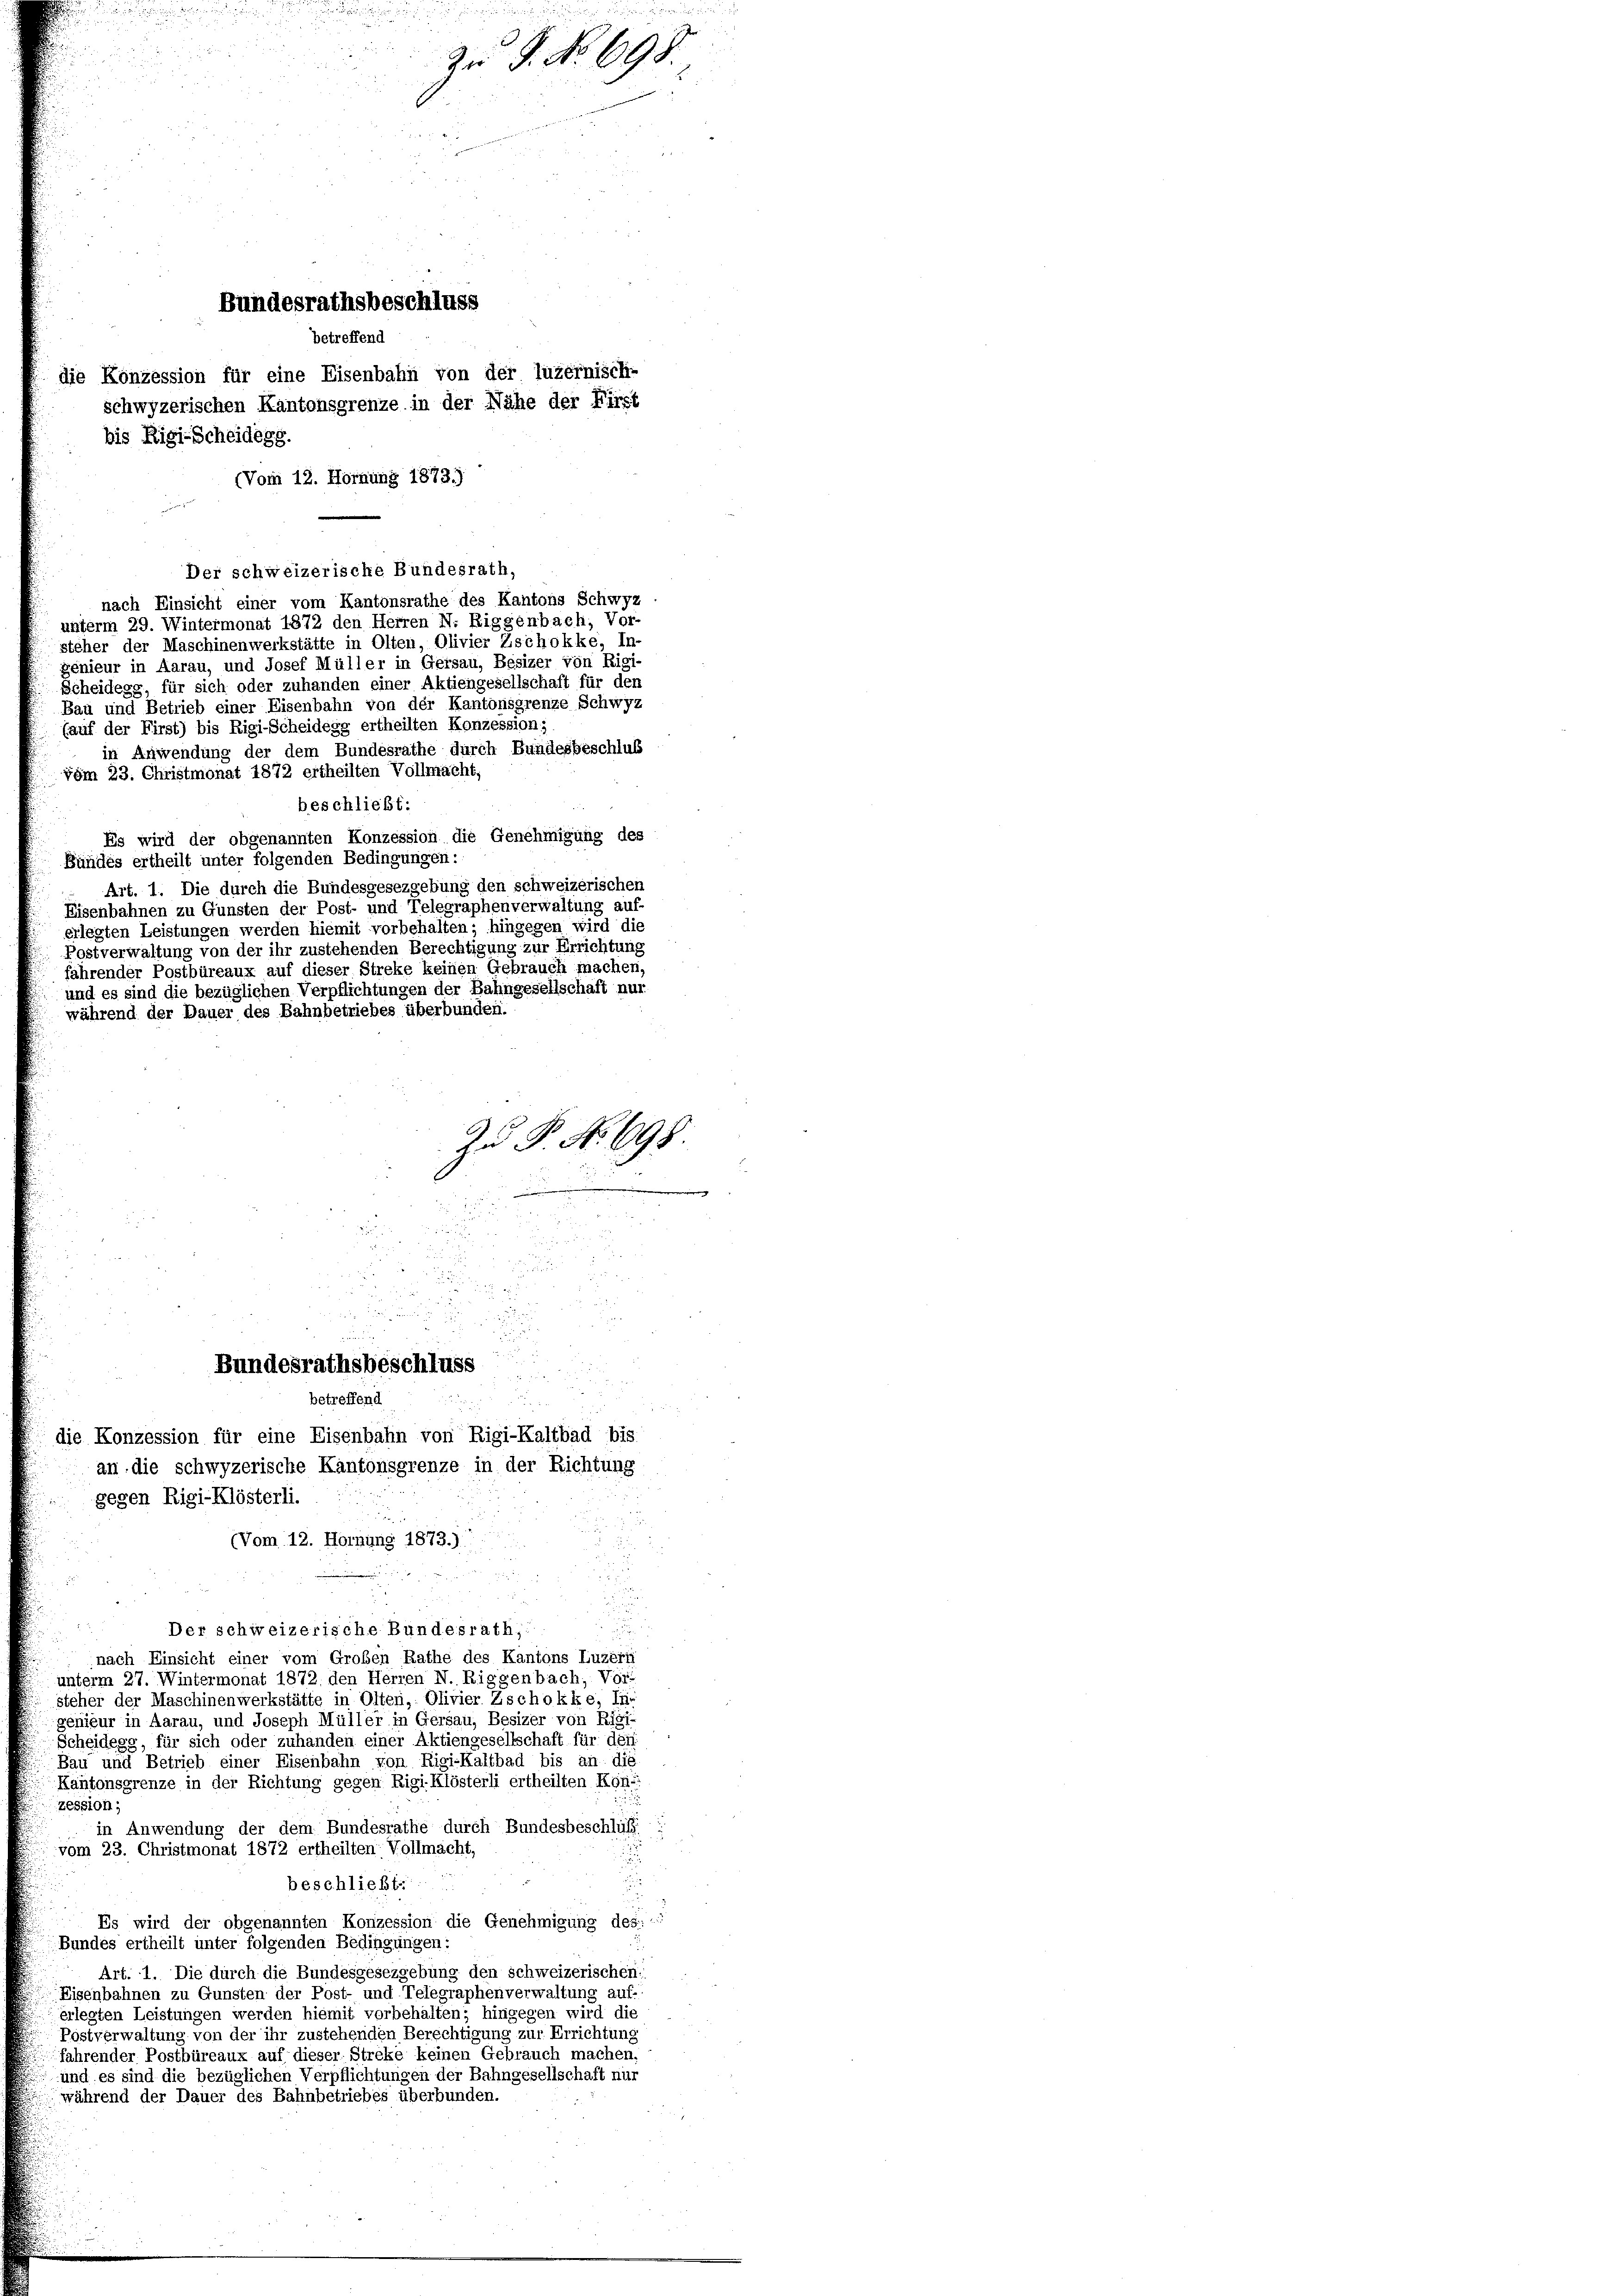
(Vom 12. Hornung 1873.)

uten den und ein
Gruss sie aber den

 xx
 8

Bundesrathsbeschluss
betreffend
e Konzession für eine Eisenbahn von der luzernisch-
schwyzerischen Kantonsgrenze in der Nähe der First
bis Rigi-Scheidegg.

Der schweizerische Bundesrath,
nach Einsicht einer vom Kantonsrathe des Kantons Schwyz
unterm 29. Wintermonat 1872 den Herren N. Riggenbach, Vor-
steher der Maschinenwerkstätte in Olten, Olivier Zschokke, In-
genieur in Aarau, und Josef Müller in Gersau, Besizer von Rigi-
Scheidegg, für sich oder zuhanden einer Aktiengesellschaft für den
Bau und Betrieb einer Eisenbahn von der Kantonsgrenze Schwyz
(auf der First) bis Rigi-Scheidegg ertheilten Konzession;
in Anwendung der dem Bundesrathe durch Bundesbeschluss
vom 23. Christmonat 1872 ertheilten Vollmacht,
beschließt:
Es wird der obgenannten Konzession die Genehmigung des
Bundes ertheilt unter folgenden Bedingungen:
Art. 1. Die durch die Bundesgesezgebung den schweizerischen
Eisenbahnen zu Gunsten der Post- und Telegraphenverwaltung auf-
erlegten Leistungen werden hiemit vorbehalten; hingegen wird die
Postverwaltung von der ihr zustehenden Berechtigung zur Errichtung
fährender Postbüreaux auf dieser Streke keinen Gebrauch machen,
und es sind die bezüglichen Verpflichtungen der Bahngesellschaft nur
während der Dauer des Bahnbetriebes überbunden.
Bundesrathsbeschluss
betreffend
a
die Konzession für eine Eisenbahn von Rigi-Kaltbad bis
an die schwyzerische Kantonsgrenze in der Richtung
gegen Rigi-Klösterli.
(Vom 12. Hornung 1873.)
u

d
u
Der schweizerische Bundesrath,
nach Einsicht einer vom Großen Rathe des Kantons Luzern
unterm 27. Wintermonat 1872 den Herren N. Riggenbach, Vor-
steher der Maschinenwerkstätte in Olten, Olivier Zschokke, Ihr
genieur in Aarau, und Joseph Müller in Gersau, Besizer von Rigi-
Scheidegg, für sich oder zuhanden einer Aktiengesellschaft für den
Bau und Betrieb einer Eisenbahn von Rigi-Kaltbad bis an die
Kantonsgrenze in der Richtung gegen Rigi Klösterli ertheilten Kon-
zession;
in Anwendung der dem Bundesrathe durch Bundesbeschluß
vom 23. Christmonat 1872 ertheilten Vollmacht,
beschließt.
Es wird der obgenannten Konzession die Genehmigung des :::
Bundes ertheilt unter folgenden Bedingungen:
Art. 1. Die durch die Bundesgesezgebung den schweizerischen:
Eisenbahnen zu Gunsten der Post- und Telegraphenverwaltung auf-
erlegten Leistungen werden hiemit vorbehalten; hingegen wird die
Postverwaltung von der ihr zustehenden Berechtigung zur Errichtung
fahrender Postbüreaux auf dieser Streke keinen Gebrauch machen.
und es sind die bezüglichen Verpflichtungen der Bahngesellschaft nur
während der Dauer des Bahnbetriebes überbunden.

u
25

Zu P. No 698.

Zu P. Nr. 698.